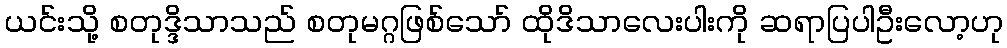
ယင်းသို့ စတုဒ္ဒိသာသည် စတုမဂ္ဂဖြစ်သော် ထိုဒိသာလေးပါးကို ဆရာပြပါဦးလော့ဟု